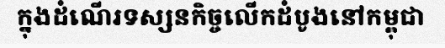
ក្នុងដំណើរទស្សនកិច្ចលើកដំបូងនៅកម្ពុជា